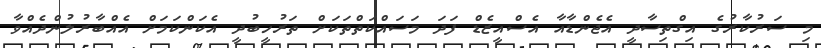
މި ސަރުކާރުގެ އިގްތިސާދީ އެޖެންޑާއާ އެސްއީޒެޑް ފަދަ މަސައްކަތްތަކަށް ތަރުހީބުދީ އެކަންކަމަށް އެއްބާރުލުންދެއްވާ